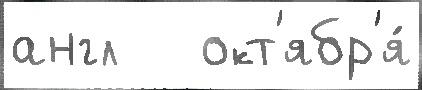
англ   окт'ябр'я́